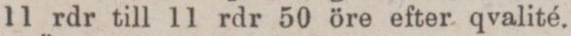
11 rdr till 11 rdr 50 öre efter qvalité.